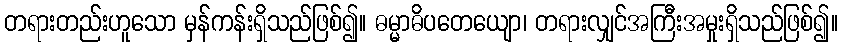
တရားတည်းဟူသော မှန်ကန်းရှိသည်ဖြစ်၍။ ဓမ္မာဓိပတေယျော၊ တရားလျှင်အကြီးအမှုးရှိသည်ဖြစ်၍။